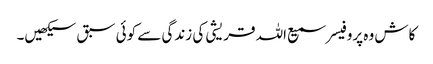
کاش وہ پروفیسر سمیع اللہ قریشی کی زندگی سے کوئی سبق سیکھیں۔